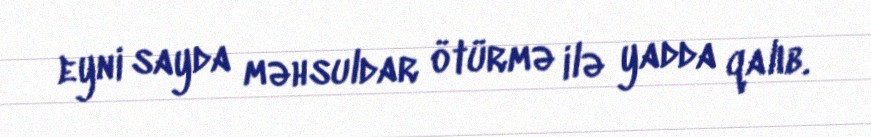
eyni sayda məhsuldar ötürmə ilə yadda qalıb.